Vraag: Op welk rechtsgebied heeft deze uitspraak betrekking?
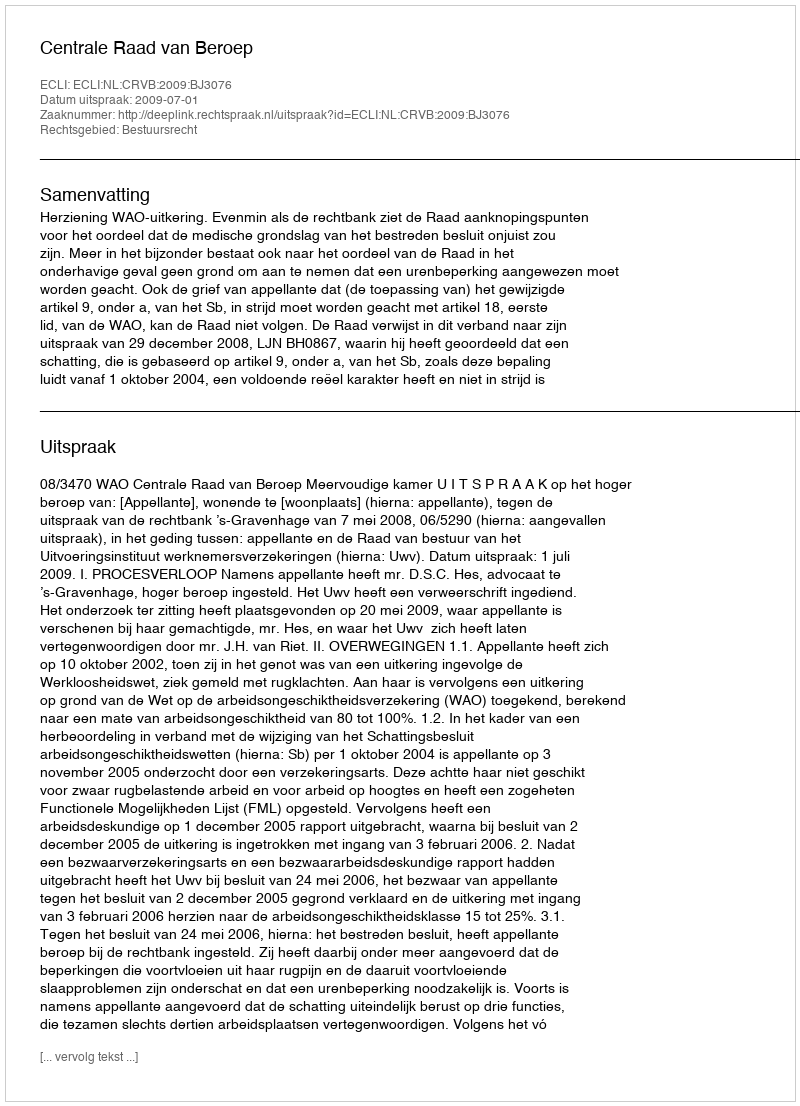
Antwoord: Bestuursrecht